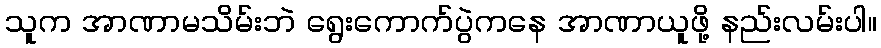
သူက အာဏာမသိမ်းဘဲ ရွေးကောက်ပွဲကနေ အာဏာယူဖို့ နည်းလမ်းပါ။